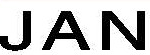
JAN